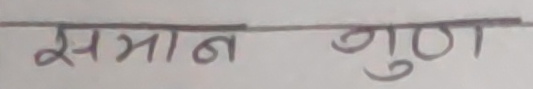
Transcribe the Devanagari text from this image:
समान गुण